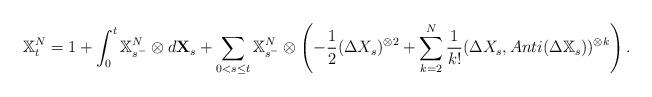
LaTeX: \begin{align*} \mathbb{X}^{N}_t=1+\int_0^t\mathbb{X}^{N}_{s^-}\otimes d\mathbf{X}_s+\sum_{0<s\leq t}\mathbb{X}^{N}_{s^-}\otimes\left(-\frac 1 2 (\Delta X_s)^{\otimes 2} +\sum_{k=2}^N \frac{1}{k!}(\Delta X_s, Anti(\Delta \mathbb{X}_s))^{\otimes k}\right).\end{align*}